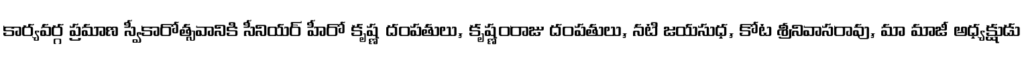
కార్యవర్గ ప్రమాణ స్వీకారోత్సవానికి సీనియర్ హీరో కృష్ణ దంపతులు, కృష్ణంరాజు దంపతులు, నటి జయసుధ, కోట శ్రీనివాసరావు, మా మాజీ అధ్యక్షుడు